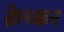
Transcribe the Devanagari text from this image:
क्रेच्कर